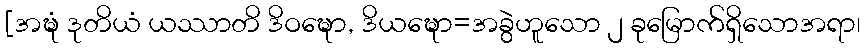
[အဍ္ဎံ ဒုတိယံ ယဿာတိ ဒိဝဍ္ဎော, ဒိယဍ္ဎော=အခွဲဟူသော ၂ ခုမြောက်ရှိသောအရာ၊